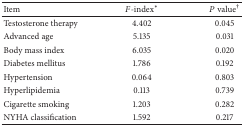
<table><thead><tr><td><b>Item </b></td><td><b><i>F</i>-index∗</b></td><td><b><i>P</i> value<sup>†</sup></b></td></tr></thead><tbody><tr><td>Testosterone therapy</td><td>4.402</td><td>0.045</td></tr><tr><td>Advanced age</td><td>5.135</td><td>0.031</td></tr><tr><td>Body mass index</td><td>6.035</td><td>0.020</td></tr><tr><td>Diabetes mellitus </td><td>1.786</td><td>0.192</td></tr><tr><td>Hypertension</td><td>0.064</td><td>0.803</td></tr><tr><td>Hyperlipidemia </td><td>0.113</td><td>0.739</td></tr><tr><td>Cigarette smoking</td><td>1.203</td><td>0.282</td></tr><tr><td>NYHA classification</td><td>1.592</td><td>0.217</td></tr></tbody></table>